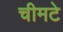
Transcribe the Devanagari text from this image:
चीमटे